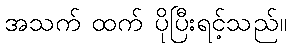
အသက် ထက် ပိုပြီးရင့်သည်။